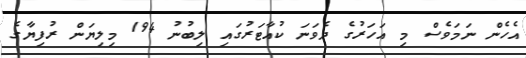
އެހެން ނަމަވެސް މި އަހަރުގެ ދެވަނަ ކުއާޓަރުގައި ލިބުނު 194 މިލިޔަން ރުފިޔާގެ